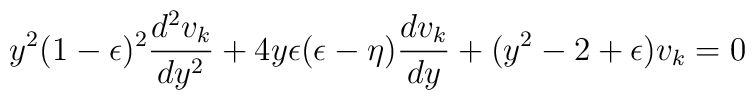
y^2(1-\epsilon)^2\frac{d^2v_k}{dy^2}+4y\epsilon(\epsilon-\eta)\frac{dv_k}{dy}+(y^2-2+\epsilon)v_k=0